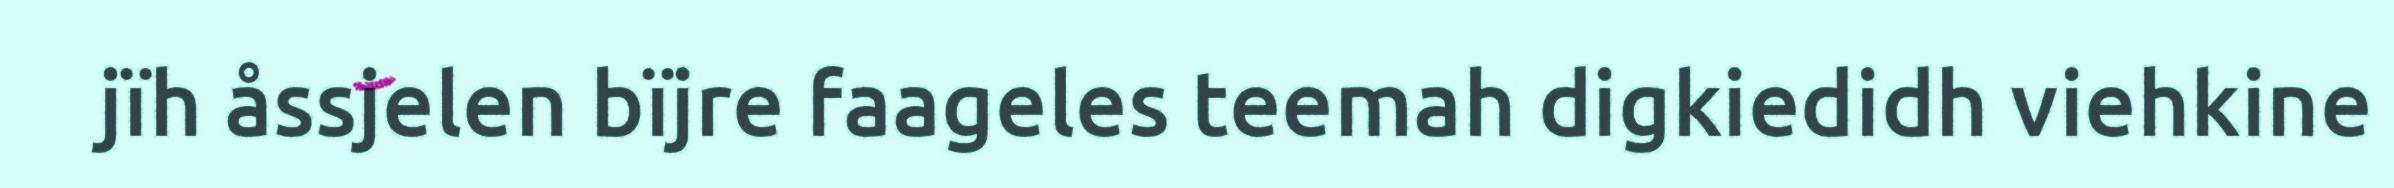
jïh åssjelen bïjre faageles teemah digkiedidh viehkine